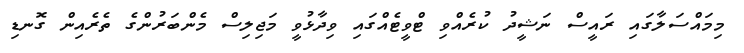
މިމައްސަލާގައި ރައީސް ނަޝީދު ކުރެއްވި ޓްވީޓެއްގައި ވިދާޅުވީ މަޖިލިސް މެންބަރުންގެ ތެރެއިން ގޮނޑި